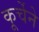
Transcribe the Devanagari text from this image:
कूर्चेने